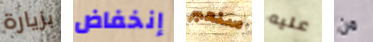
بزيارة إنخفاض سنعبر عليه من